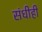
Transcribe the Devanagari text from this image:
संधीही